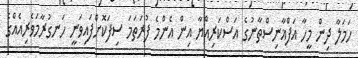
ހަމަލާ ދިން މީހާ އަފްޣާނިސްތާނުގެ އަސްކަރިއްޔާ އިން އެންމެ ފުރަތަމަ ސިފަކޮށްފައިވަނީ ހަނގުރާމަވެރިއެއްގެ